Annual report of the Punjab Veterinary College and of the Civil Veterinary Department, Punjab - 1920-1925
Year: 1920
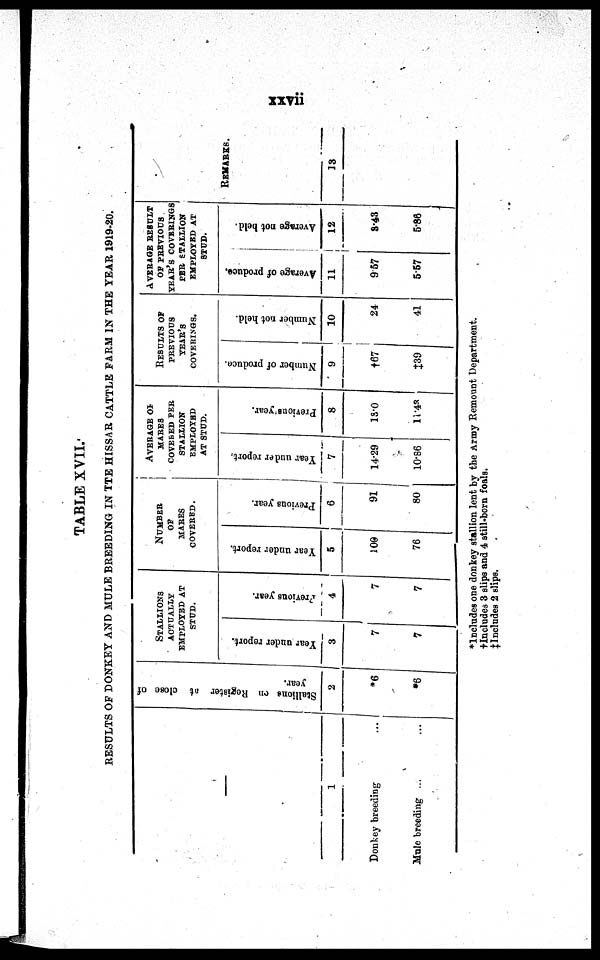
xxvii
TABLE XVII.
RESULTS OF DONKEY A N D MULE BREEDING I N TTE HISSAR CATTLE FARM I N THE YEAR 1919-20.
1
Donkey breeding
...
Mul e breeding ...
...
Stallions
on Register at close of
year.
2
*6
*6
STALLIONS
ACTUALLY
EMPLOYED AT
STUD.
Year under report.
3
7
7
Previous year.
4
7
7
NUMBER
OF
MARES
COVERED.
Year under report.
5
109
76
Previous year.
6
91
80
AVERAGE OF
MARES
COVERED PER
STALLION
EMPLOYED
AT STUD.
Year under report
7
14. 29
10. 86
Previous year.
8
18. 0
11. 43
RESULTS OF
PREVIOUS
YEAR'S
COVERINGS.
Number of produce.
9
†67
‡39
Number not held.
10
24
41
AVERAGE RESULT
OF PREVIOUS
YEAR'S COVERINGS
PER STALLION
EMPLOYED AT
STUD.
Average of produce.
11
967
5. 57
Average not held.
12
3. 43
5. 88
REMARKS.
13
*Includes one donkey stallion lent by t he Army Remount Department.
†Includes 3 slips and 4 still-born foals.
‡ Includes 2 slips.